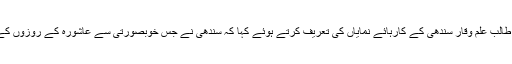
جامعہ میں طلباءکے امور کے نگران نے پروگرام کے روح رواں پاکستانی طالب علم وقار سندھی کے کارہائے نمایاں کی تعریف کرتے ہوئے کہا کہ سندھی نے جس خوبصورتی سے عاشورہ کے روزوں کے تینوں دن اپنی ٹیم کے ساتھ روزہ داروں کی خدمت کی وہ قابل ستائش ہے ۔